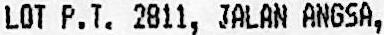
LOT P.T. 2811, JALAN ANGSA,